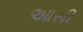
આસી